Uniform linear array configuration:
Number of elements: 64
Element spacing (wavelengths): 0.75
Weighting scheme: blackman
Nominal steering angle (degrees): -60
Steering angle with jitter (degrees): -58.048
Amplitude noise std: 0.05
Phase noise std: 0.05

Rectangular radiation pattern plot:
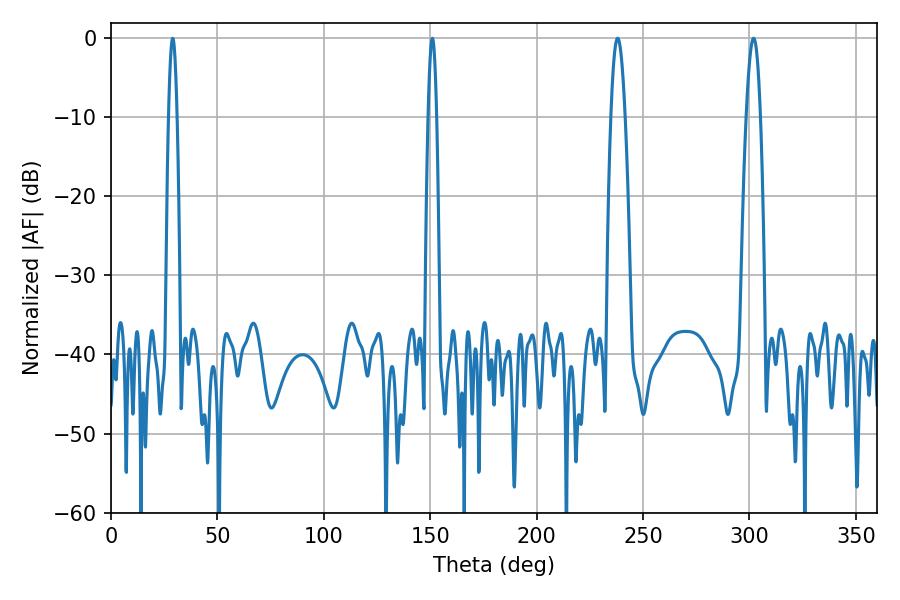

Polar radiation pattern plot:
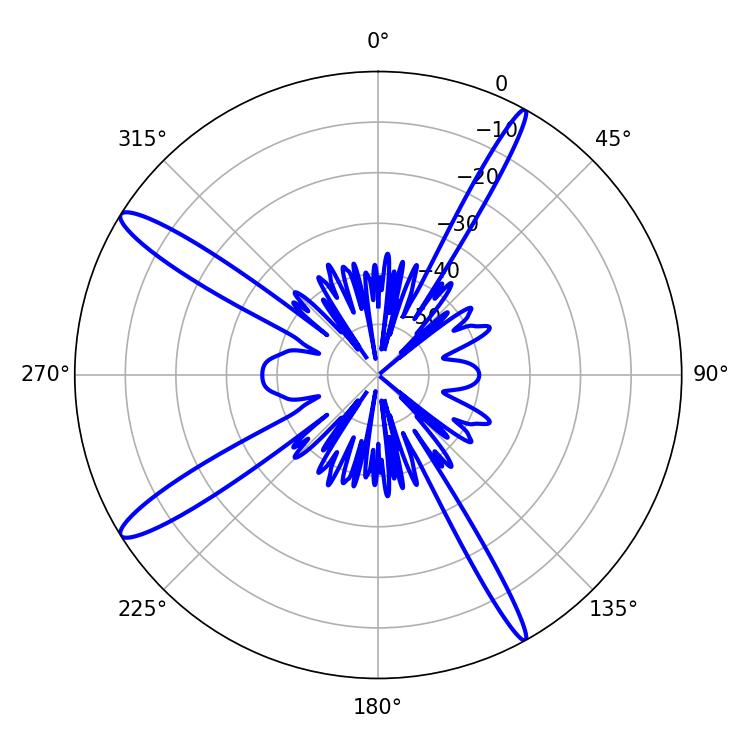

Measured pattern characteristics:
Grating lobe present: TRUE
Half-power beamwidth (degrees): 2.16
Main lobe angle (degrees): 28.98